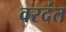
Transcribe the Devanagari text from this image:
वरदंत